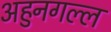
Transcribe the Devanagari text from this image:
अहुनगल्ल